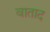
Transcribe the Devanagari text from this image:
वाताद